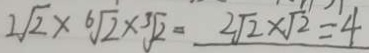
2 \sqrt { 2 } \times \sqrt [ 6 ] { 2 } \times \sqrt [ 3 ] { 2 } = 2 \sqrt { 2 } \times \sqrt { 2 } = 4